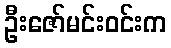
ဦးဇော်မင်းဝင်းက